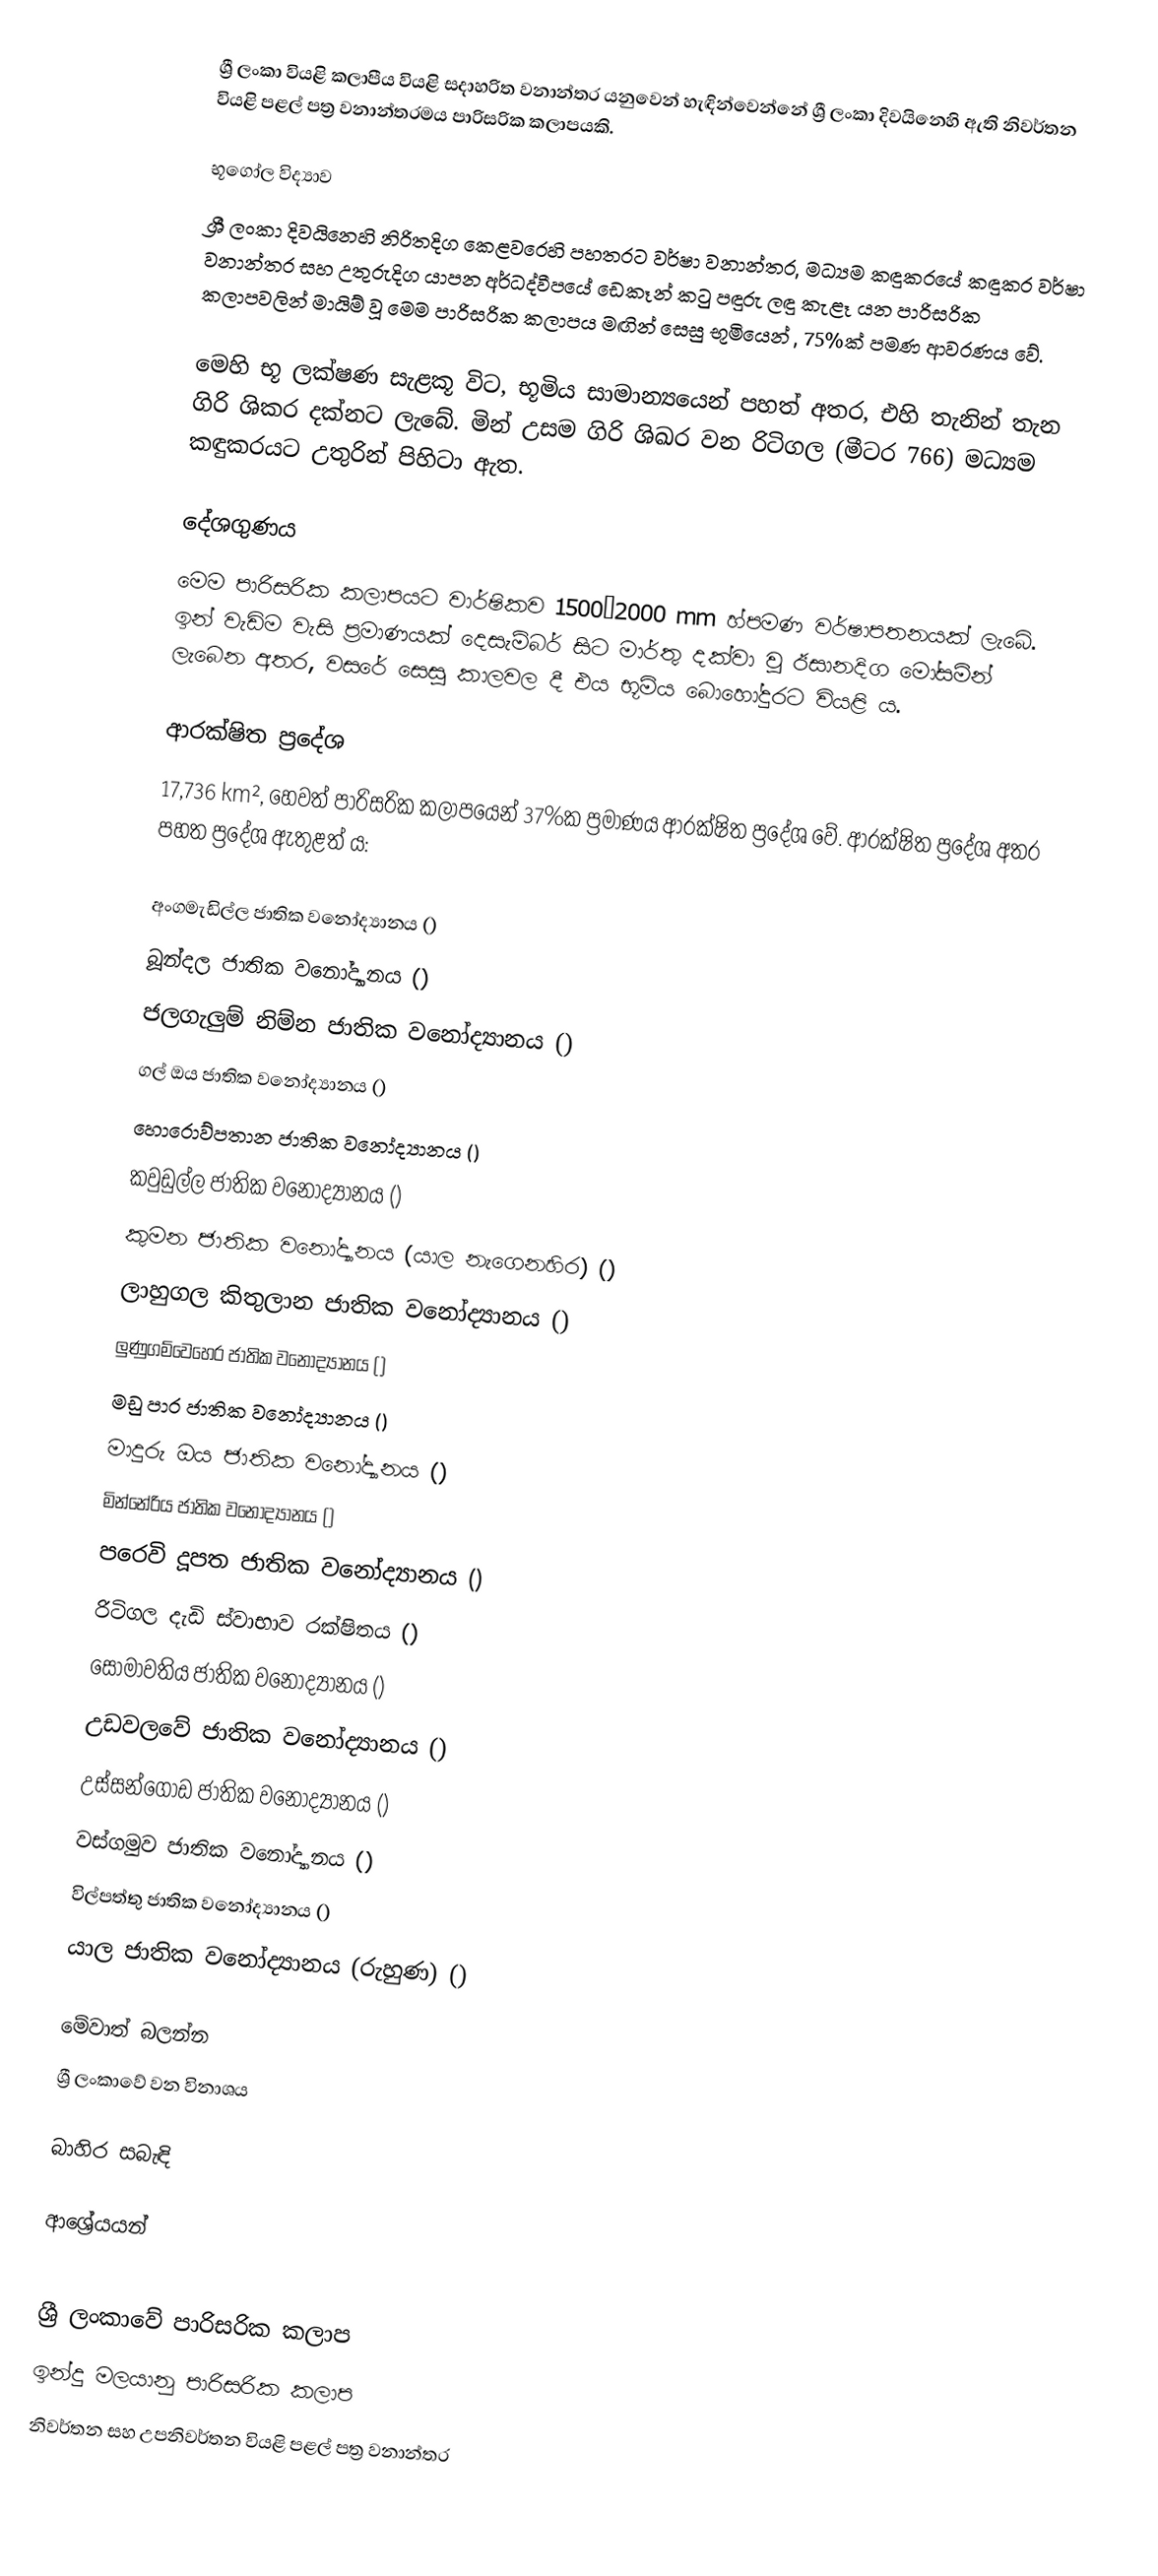
ශ්‍රී ලංකා වියළි කලාපීය වියළි සදාහරිත වනාන්තර යනුවෙන් හැඳින්වෙන්නේ ශ්‍රී ලංකා දිවයිනෙහි ඇති නිවර්තන වියළි පළල් පත්‍ර වනාන්තරමය පාරිසරික කලාපයකි.

භූගෝල විද්‍යාව
ශ්‍රී ලංකා දිවයිනෙහි නිරිතදිග කෙළවරෙහි පහතරට වර්ෂා වනාන්තර, මධ්‍යම කඳුකරයේ කඳුකර වර්ෂා වනාන්තර සහ උතුරුදිග යාපන අර්ධද්වීපයේ ඩෙකෑන් කටු පඳුරු ලඳු කැළෑ යන පාරිසරික කලාපවලින් මායිම් වූ මෙම පාරිසරික කලාපය මඟින් සෙසු භූමියෙන්  , 75%ක් පමණ ආවරණය වේ.

මෙහි භූ ලක්ෂණ සැළකූ විට, භූමිය සාමාන්‍යයෙන් පහත් අතර, එහි තැනින් තැන ගිරි ශිකර දක්නට ලැබේ. මින් උසම ගිරි ශිඛර  වන රිටිගල (මීටර 766) මධ්‍යම කඳුකරයට උතුරින් පිහිටා ඇත.

දේශගුණය
මෙම පාරිසරික කලාපයට වාර්ෂිකව 1500–2000 mm හ්පමණ වර්ෂාපතනයක් ලැබේ. ඉන් වැඩිම වැසි ප්‍රමාණයක් දෙසැම්බර් සිට මාර්තු දක්වා වූ ඊසානදිග මෝසමින් ලැබෙන අතර, වසරේ සෙසු කාලවල දී එය භූමිය බොහෝදුරට වියළි ය.

ආරක්ෂිත ප්‍රදේශ
17,736 km², හෙවත් පාරිසරික කලාපයෙන් 37%ක ප්‍රමාණය ආරක්ෂිත ප්‍රදේශ වේ. ආරක්ෂිත ප්‍රදේශ අතර පහත ප්‍රදේශ ඇතුළත් ය:

 අංගමැඩිල්ල ජාතික වනෝද්‍යානය ()
 බූන්දල ජාතික වනෝද්‍යානය ()
 ජලගැලුම් නිම්න ජාතික වනෝද්‍යානය ()
 ගල් ඔය ජාතික වනෝද්‍යානය ()
 හොරොව්පතාන ජාතික වනෝද්‍යානය ()
 කවුඩුල්ල ජාතික වනෝද්‍යානය ()
 කුමන ජාතික වනෝද්‍යානය (යාල නැගෙනහිර) ()
 ලාහුගල කිතුලාන ජාතික වනෝද්‍යානය ()
 ලුණුගම්වෙහෙර ජාතික වනෝද්‍යානය ()
 මඩු පාර ජාතික වනෝද්‍යානය ()
 මාදුරු ඔය ජාතික වනෝද්‍යානය ()
 මින්නේරිය ජාතික වනෝද්‍යානය ()
 පරෙවි දූපත ජාතික වනෝද්‍යානය ()
 රිටිගල දැඩි ස්වාභාව රක්ෂිතය ()
 සෝමාවතිය ජාතික වනෝද්‍යානය ()
 උඩවලවේ ජාතික වනෝද්‍යානය ()
 උස්සන්ගොඩ ජාතික වනෝද්‍යානය ()
 වස්ගමුව ජාතික වනෝද්‍යානය ()
 විල්පත්තු ජාතික වනෝද්‍යානය ()
 යාල ජාතික වනෝද්‍යානය (රුහුණ) ()

මේවාත් බලන්න
ශ්‍රී ලංකාවේ වන විනාශය

බාහිර සබැඳි

ආශ්‍රේයයන්

ශ්‍රී ලංකාවේ පාරිසරික කලාප
ඉන්දු මලයානු පාරිසරික කලාප
නිවර්තන සහ උපනිවර්තන වියළි පළල් පත්‍ර වනාන්තර